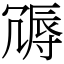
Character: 䢆